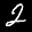
Label: 2